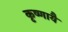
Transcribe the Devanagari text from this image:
कृष्णायै